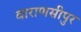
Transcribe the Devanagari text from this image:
वाराणसीपुर